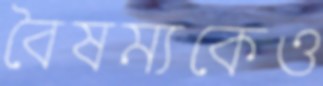
বৈষম্যকেও